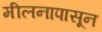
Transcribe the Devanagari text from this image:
मीलनापासून